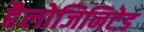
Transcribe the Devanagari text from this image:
हैलोजिनिटेड